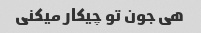
هی جون تو چیکار میکنی